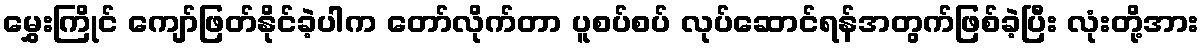
မွှေးကြိုင် ကျော်ဖြတ်နိုင်ခဲ့ပါက တော်လိုက်တာ ပူစပ်စပ် လုပ်ဆောင်ရန်အတွက်ဖြစ်ခဲ့ပြီး လုံးတို့အား